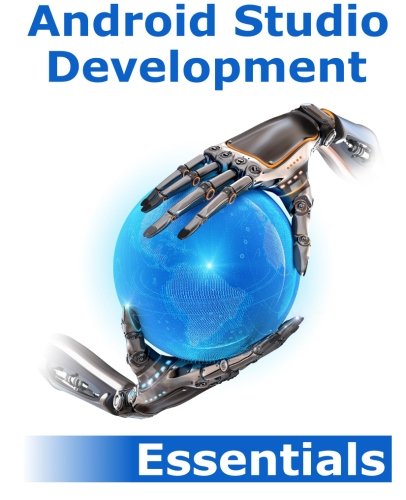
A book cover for Android Studio Development Essentials: Android 5 Edition; Neil Smyth; Computers & Technology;